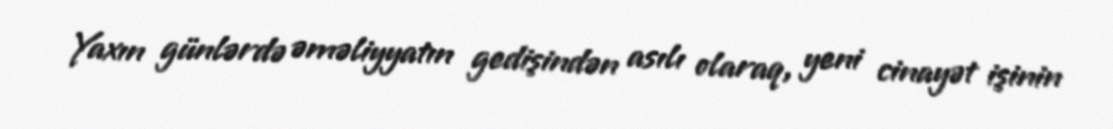
Yaxın günlərdə əməliyyatın gedişindən asılı olaraq, yeni cinayət işinin